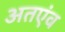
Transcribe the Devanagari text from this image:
अतएंव